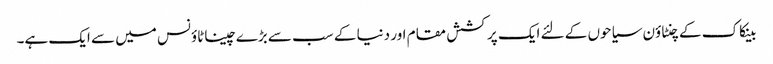
بینکاک کے چنٹاؤن سیاحوں کے لئے ایک پرکشش مقام اور دنیا کے سب سے بڑے چیناٹاؤنس میں سے ایک ہے۔